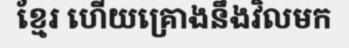
ខ្មែរ ហើយគ្រោងនឹងវិលមក